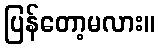
ပြန်တော့မလား။